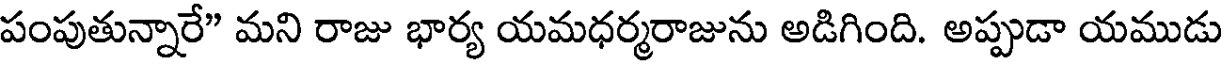
పంపుతున్నారే" మని రాజు భార్య యమధర్మరాజును అడిగింది. అప్పుడా యముడు